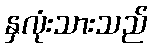
နှလုံးသားသည်